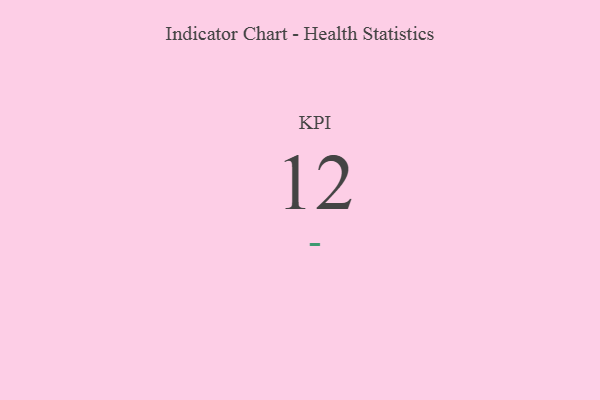
{"axis": {"x": "KPI", "y": "Value"}, "legend": [""], "data": [{"x": "KPI", "y": 12, "type": ""}]}